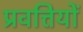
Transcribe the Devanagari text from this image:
प्रवत्तियों